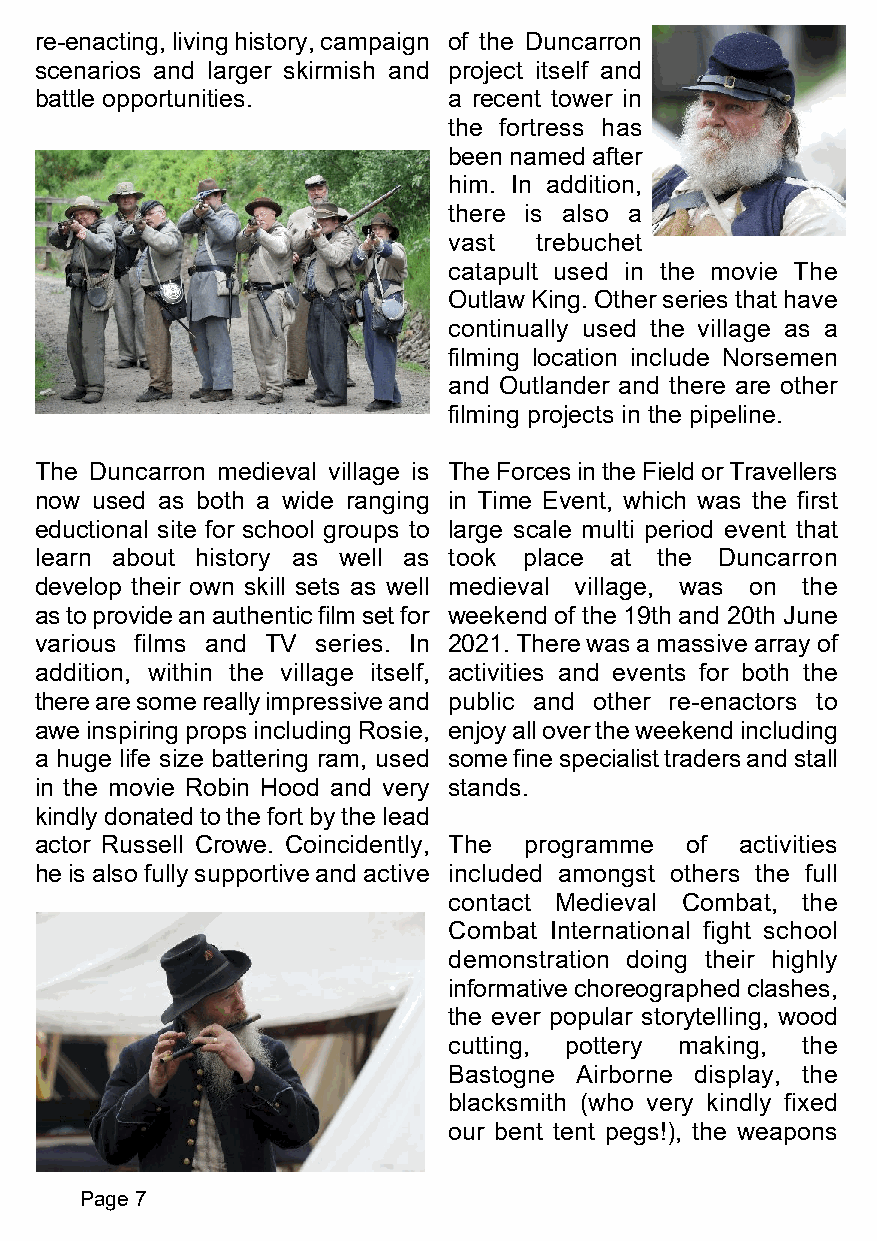
re-enacting, living history, campaign of the Duncarron
 scenarios and larger skirmish and project itself and
 battle opportunities.       a recent tower in
 the fortress has
 been named after
 him. In addition,
 there is also a
 vast trebuchet
 catapult used in the movie The
 Outlaw King. Other series that have
 continually used the village as a
 filming location include Norsemen
 and Outlander and there are other
 filming projects in the pipeline.
 The Duncarron medieval village is The Forces in the Field or Travellers
 now used as both a wide ranging in Time Event, which was the first
 eductional site for school groups to large scale multi period event that
 learn about history as well as took place at the Duncarron
 develop their own skill sets as well medieval village, was on the
 as to provide an authentic film set for weekend of the 19th and 20th June
 various films and TV series. In 2021. There was a massive array of
 addition, within the village itself, activities and events for both the
 there are some really impressive and public and other re-enactors to
 awe inspiring props including Rosie, enjoy all over the weekend including
 a huge life size battering ram, used some fine specialist traders and stall
 in the movie Robin Hood and very stands.
 kindly donated to the fort by the lead
 actor Russell Crowe. Coincidently, The programme of activities
 he is also fully supportive and active included amongst others the full
 contact Medieval Combat, the
 Combat International fight school
 demonstration doing their highly
 informative choreographed clashes,
 the ever popular storytelling, wood
 cutting, pottery making, the
 Bastogne Airborne display, the
 blacksmith (who very kindly fixed
 our bent tent pegs!), the weapons
 Page 7